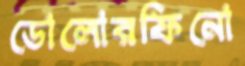
ডোলোরফিনো